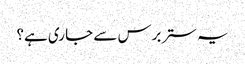
یہ ستر برس سے جا ری ہے؟